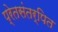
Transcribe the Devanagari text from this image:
प्रेतसंतर्पित